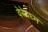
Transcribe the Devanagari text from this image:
वेरेयघ्न